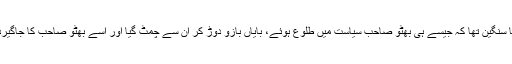
بائیں بازو کے لیے یہ مسئلہ اتنا سنگین تھا کہ جیسے ہی بھٹو صاحب سیاست میں طلوع ہوئے، بایاں بازو دوڑ کر ان سے چمٹ گیا اور اسے بھٹو صاحب کا جاگیردارانہ پس منظر تک نظر نہ آیا۔